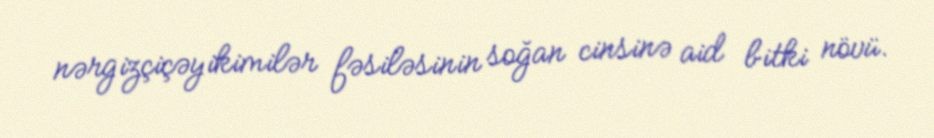
nərgizçiçəyikimilər fəsiləsinin soğan cinsinə aid bitki növü.